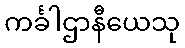
ကင်္ခါဌာနီယေသု